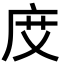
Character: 𢈒